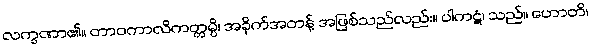
လက္ခဏာ၏။ တာဝကာလိကတ္တမ္ပိ၊ အခိုက်အတန့် အဖြစ်သည်လည်း။ ပါကဋံ၊ သည်။ ဟောတိ၊